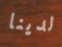
لدينا